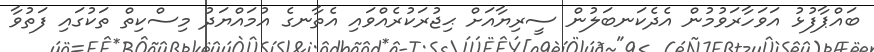
ބައްޕާފުޅު އަވަހާރަވުމުން އެދެކަނބަލުން ސީރިޔާއަށް ޙިޖުރަކުރެއްވައި އެތާނގެ އުމައްޔަދު މިސްކިތް ތަކުގައި ފަތުވާ